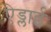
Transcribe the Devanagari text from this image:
ऐड्लाई